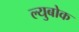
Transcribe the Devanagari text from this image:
ल्युबोक